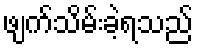
ဖျက်သိမ်းခဲ့ရသည်